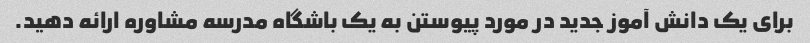
برای یک دانش آموز جدید در مورد پیوستن به یک باشگاه مدرسه مشاوره ارائه دهید.